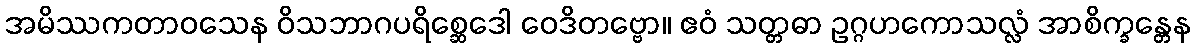
အမိဿကတာဝသေန ဝိသဘာဂပရိစ္ဆေဒေါ ဝေဒိတဗ္ဗော။ ဧဝံ သတ္တဓာ ဥဂ္ဂဟကောသလ္လံ အာစိက္ခန္တေန